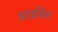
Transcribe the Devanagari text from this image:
अराइसिंग